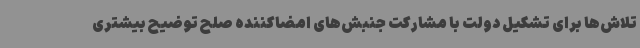
تلاش‌ها برای تشکیل دولت با مشارکت جنبش‌های امضاکننده صلح توضیح بیشتری